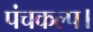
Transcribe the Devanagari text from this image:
पंचकल्प।